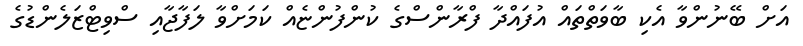
އަށް ބޭނުންވާ އެކި ބާވަތްތައް އުފައްދާ ފްރާންސްގެ ކުންފުންޏެއް ކަމަށްވާ ލަފާޖާއި ސްވިޓްޒަލެންޑުގެ